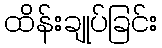
ထိန်းချုပ်ခြင်း